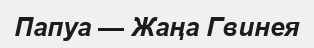
Папуа — Жаңа Гвинея